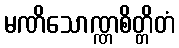
မဏိသောဏ္ဏစိတ္တိတံ